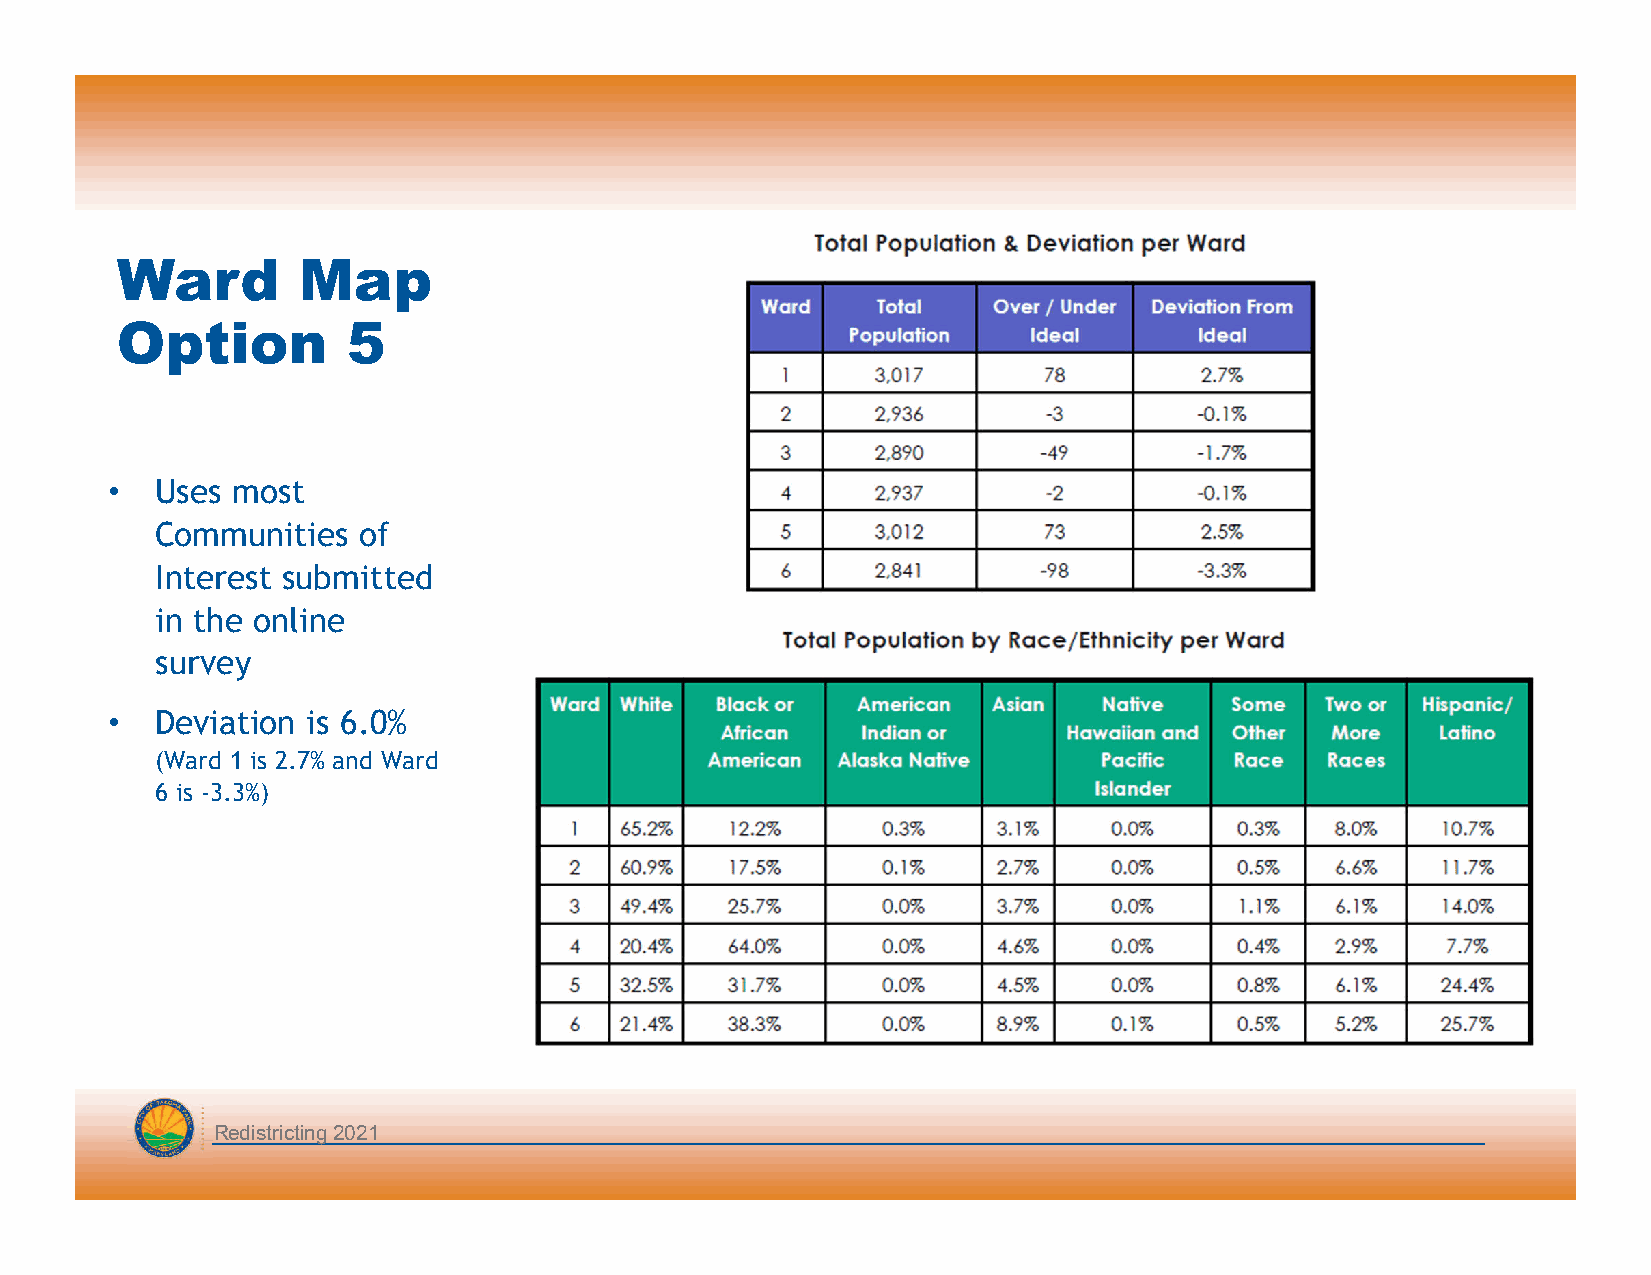
Ward        Map
 Option         5
 •  Uses most
 Communities   of
 Interest submitted
 in the online
 survey
 •  Deviation is 6.0%
 (Ward 1 is 2.7% and Ward
 6 is -3.3%)
 Redistricting 2021